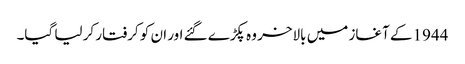
1944 کے آغاز میں بالاخر وہ پکڑے گئے اور ان کو کرفتار کر لیا گیا۔